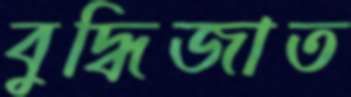
বুদ্ধিজাত